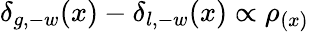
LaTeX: \delta_{g,-w}(x)-\delta_{l,-w}(x)\propto\rho_{(x)}